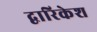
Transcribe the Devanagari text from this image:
द्वारिकेश